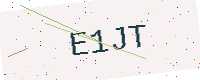
Text: E1JT